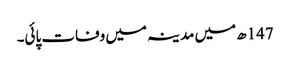
147ھ میں مدینہ میں وفات پائی۔